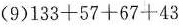
(9)$$133 + 57 + 67 + 43$$